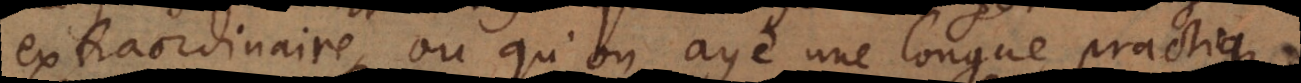
extraordinaire, ou qu’on aye une longue practique